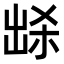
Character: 𭂽